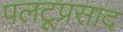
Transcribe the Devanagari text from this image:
पलटूप्रसाद